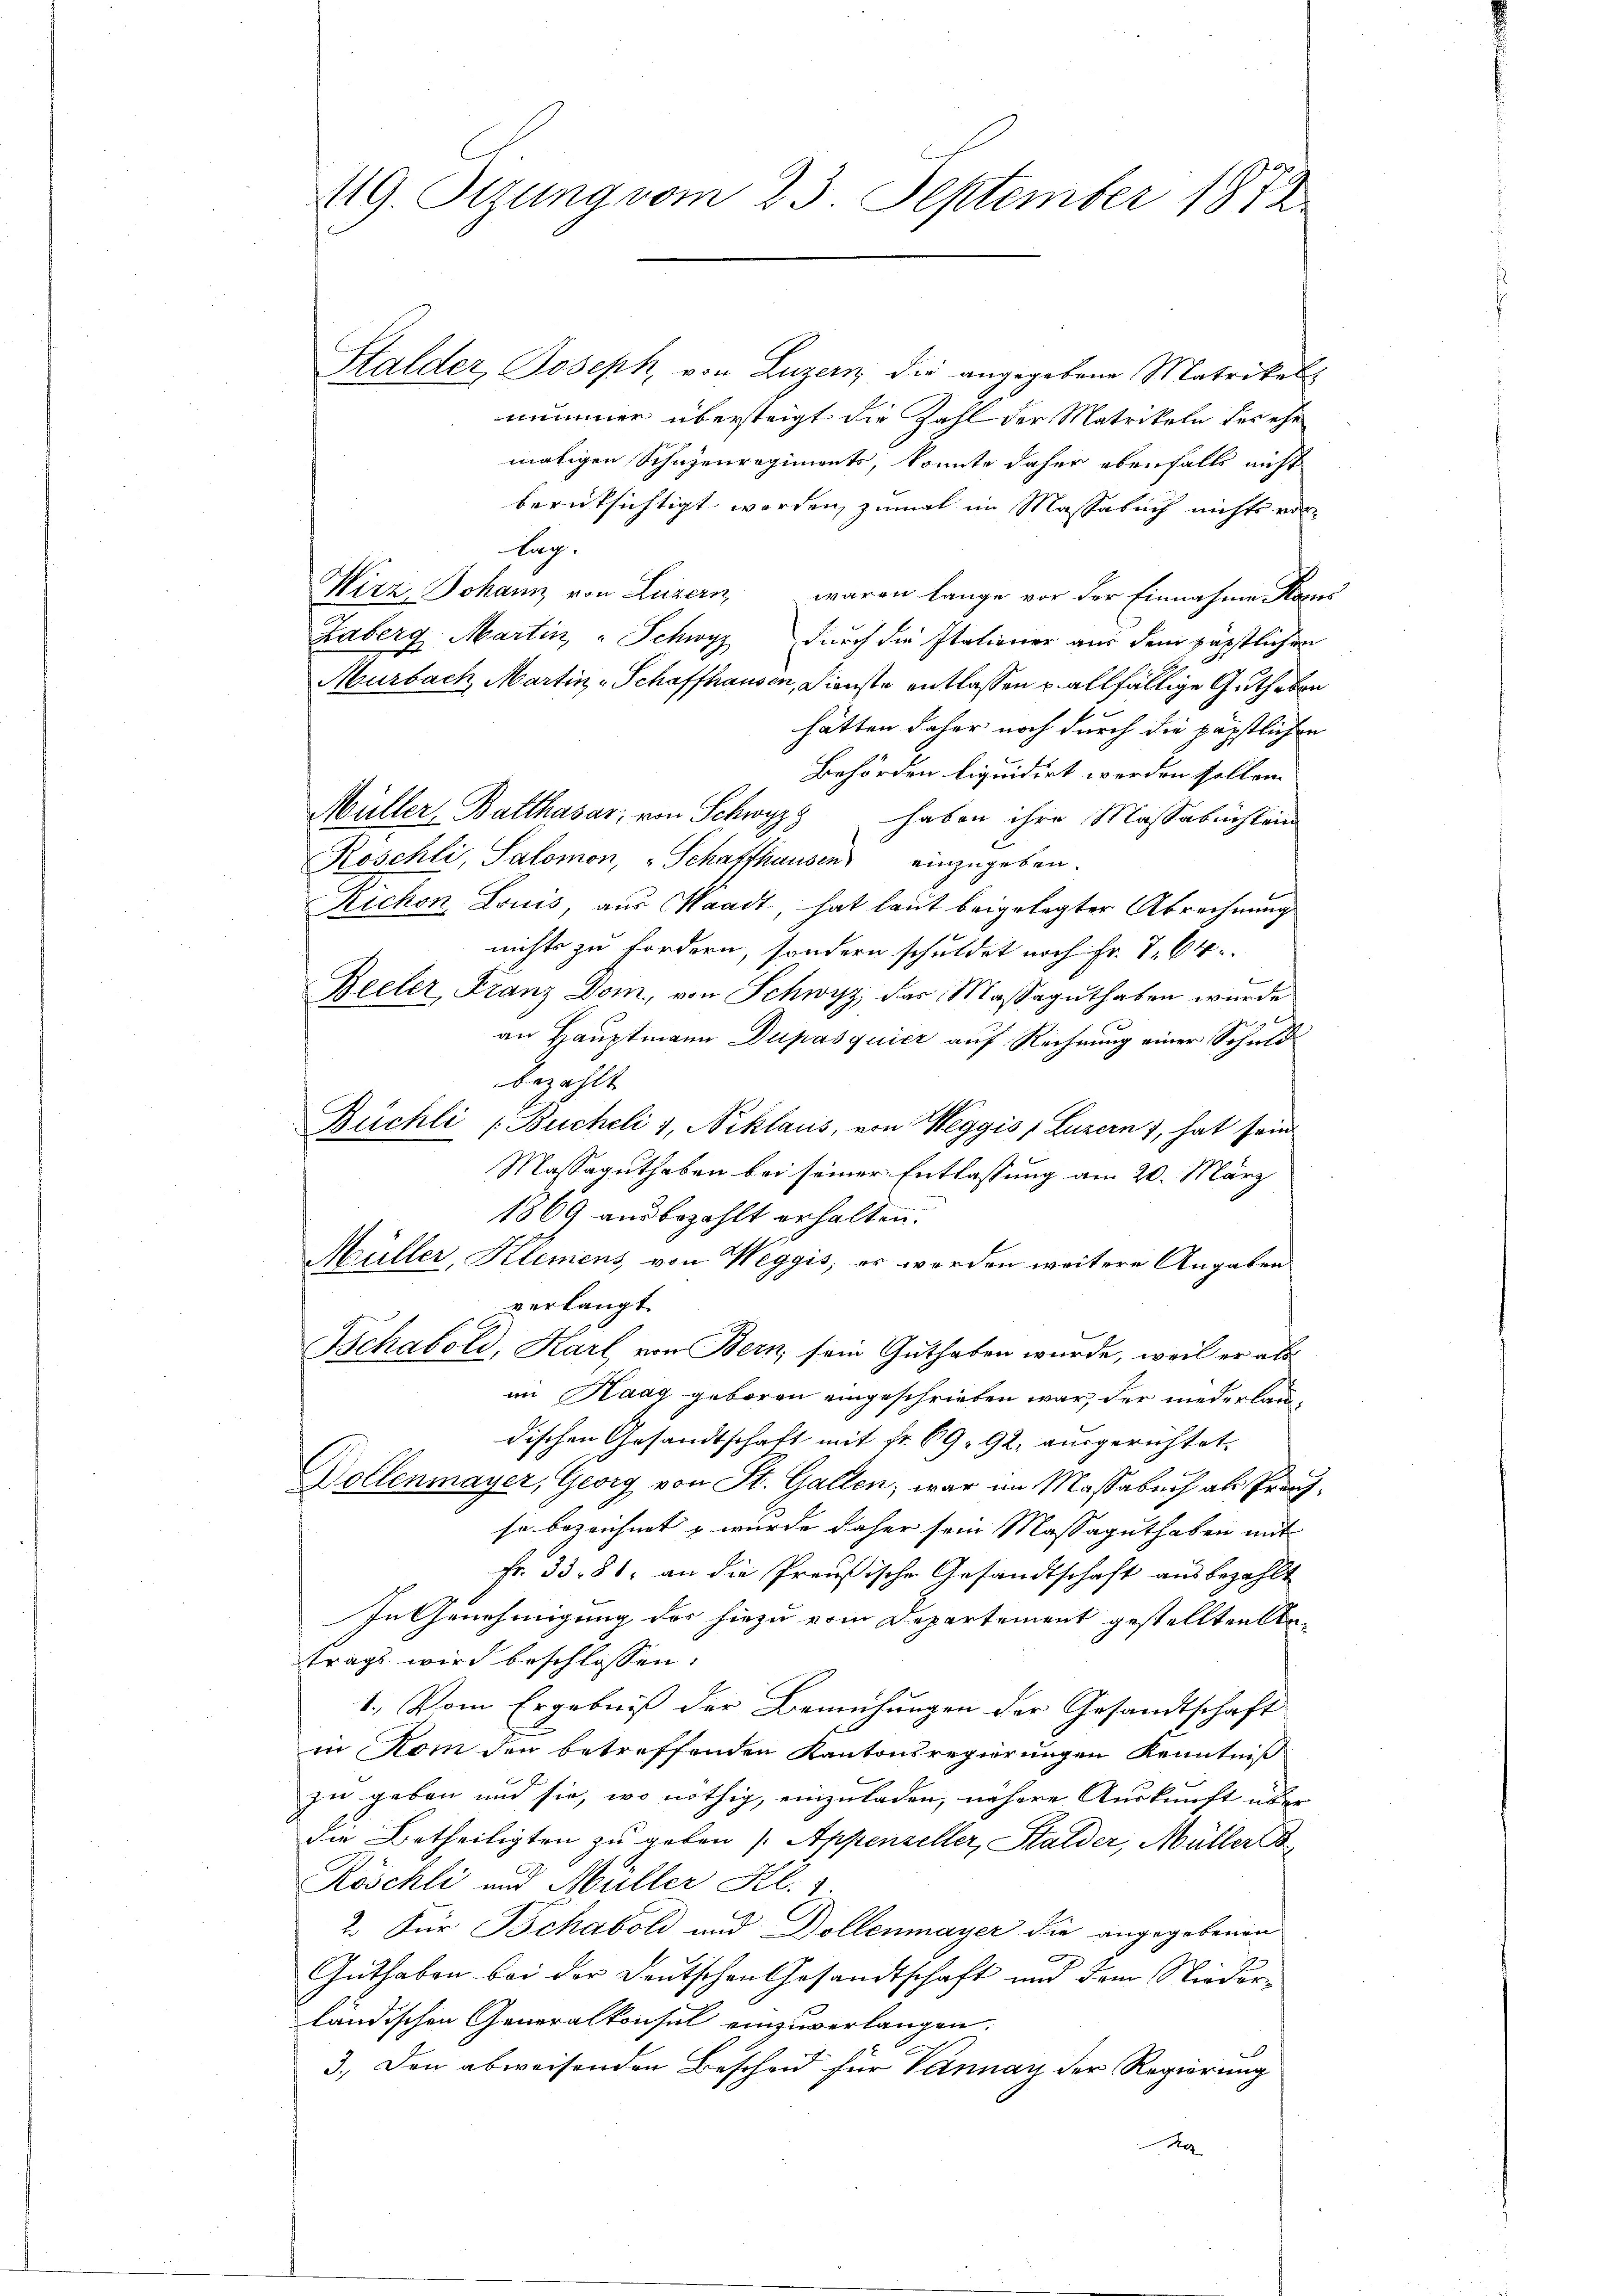
Halder, Joseph von Luzern die angegebene Matrikels
nummer übersteigt die Zahl der Matrikeln des ehe
maligen Schazenregiments, konnte daher ebenfalls nicht
berücksichtigt werden, zumal im Massabuch nichts von
lug.
Wirz, Johann von Luzern, waren lange vor der Einnahme Kons
Laberg Martin - Schwyz durch die Italiener aus dem päpstlichen
Murbach Martin - Schaffhausen, Dienste entlassen u allfällige Guthaben
hätten daher noch durch die päpstlichen
Behörden liquidirt werden sollen.
Müller, Balthasar, von Schwyz haben ihre Massabuchten
Roschli, Salomon, Schaffhausen einzugeben.
Richon Louis, aus Waadt, hat laut beigelegter Abrechnung
nichts zu fordern, sondern schuldet noch Fr. 7. 64
Beeler, Franz Dom, von Schwyz, das Massaguthaben wurde
an Hauptmann Dupasquier auf Rechnung einer Schuld
bezahlt
Büchli (Bucheli 1, Niklaus, von Weggis (Luzern), hat sein
Massaguthaben bei seiner Entlassung am 20. März
1869 ausbezahlt erhalten.
Müller, Klemens von Weggis, er werden weitere Angaben
verlangt.
.
Schabold, Karl, von Bern sein Guthaben wurde, weil er als
im Haag geboren eingeschrieben war, der niederlaudischen Gesandtschaft mit fr. 69. 92, ausgerichtet,
Dollenmayer, Georg von St. Gallen, war im Massabuch als Prachse bezeichnet & wurde daher sein Massaguthaben mit
Fr. 33. 81. an die Preußische Gesandtschaft ausbezahlt
In Genehmigung der hiezu vom Departement gestellten Antrags wird beschlossen:
1.) Vom Ergebniß der Bemühungen der Gesandtschaft
in Rom den betreffenden Kantonsregierungen Kenntniß
zu geben und sie, wo nöthig, einzuladen, nähere Auskunft über
die Betheiligten zu geben (Appenzeller, Halder, Müller
Röschli und Müller Kl. 1.
2. Für Bchabold und Dollenmayer die angegebenen
Guthaben bei der Deutschen Gesandtschaft und dem Niederländischen Generalkonsul einzuverlangen.
3.) Den abweisenden Bescheid für Vannay der Regierung
x

419. Szung vom 23. September 1872